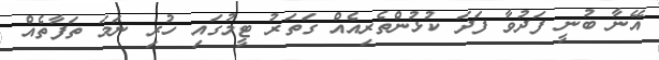
އޭނާ ބުނީ ފަދުވާ ފަދަ ކުޅުންތެރިއެއް ގަތަރު ޓީމުގައި ހުރި ނަމަ ތަފާތެއް